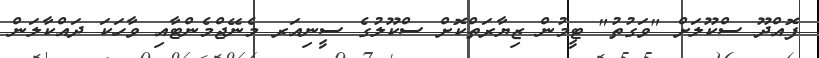
ފޮއްދޫ ސްކޫލަށް "ވަގުތު" ޓީމުން ޒިޔާރަތްކޮށް ސްކޫލުގެ ސީނިއަރ މެނޭޖްމެންޓާއި ވާހަކަ ދައްކާލަން